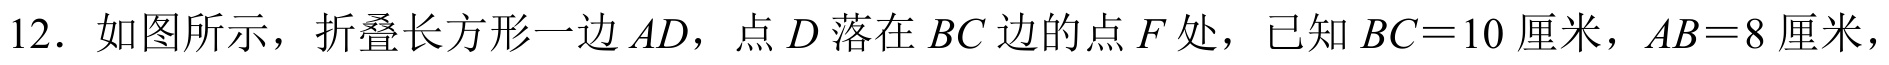
12. 如图所示，折叠长方形一边 \(AD\)，点 \(D\) 落在 \(BC\) 边的点 \(F\) 处，已知 \(BC = 10\) 厘米，\(AB = 8\) 厘米，